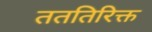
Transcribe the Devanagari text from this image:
तततिरिक्त